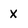
Character: x